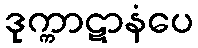
ဒုက္ကာဋာနံပေ